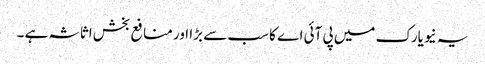
یہ نیویارک میں پی آئی اے کا سب سے بڑا اور منافع بخش اثاثہ ہے ۔